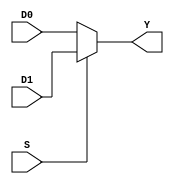
`timescale 1ns / 1ps
module multiplexer5Bit(D0, D1, S, Y);
    input wire [4:0] D0, D1;
    input wire S;
    output reg [4:0] Y;
    
    always @(D0 or D1 or S)
    begin
    if(S)
        Y = D1;
    else
        Y = D0;    
    end
endmodule